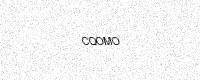
Text: CQOMO